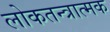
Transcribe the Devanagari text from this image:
लोकतन्त्रात्मक